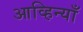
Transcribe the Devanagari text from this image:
आव्हिन्याँ